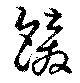
餴